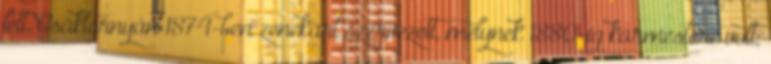
lett. Csáktornyán 1874-ben zenekart szervezett, melynek 1880-ig karmestere volt;